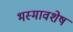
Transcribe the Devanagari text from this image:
भस्मावशेष